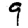
Digit: 9